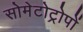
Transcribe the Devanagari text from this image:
सोमेटोट्रोपों